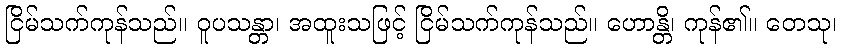
ငြိမ်သက်ကုန်သည်။ ဝူပသန္တာ၊ အထူးသဖြင့် ငြိမ်သက်ကုန်သည်။ ဟောန္တိ၊ ကုန်၏။ တေသု၊